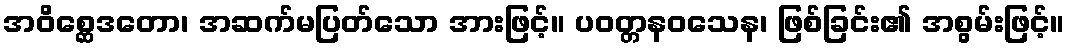
အဝိစ္ဆေဒတော၊ အဆက်မပြတ်သော အားဖြင့်။ ပဝတ္တနဝသေန၊ ဖြစ်ခြင်း၏ အစွမ်းဖြင့်။